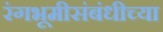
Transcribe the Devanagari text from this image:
रंगभूमीसंबंधीच्या